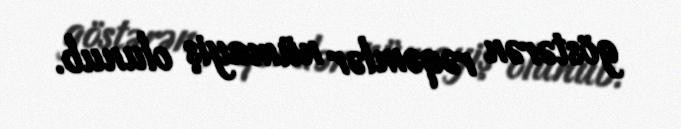
göstərən rəqəmlər nümayiş olunub.